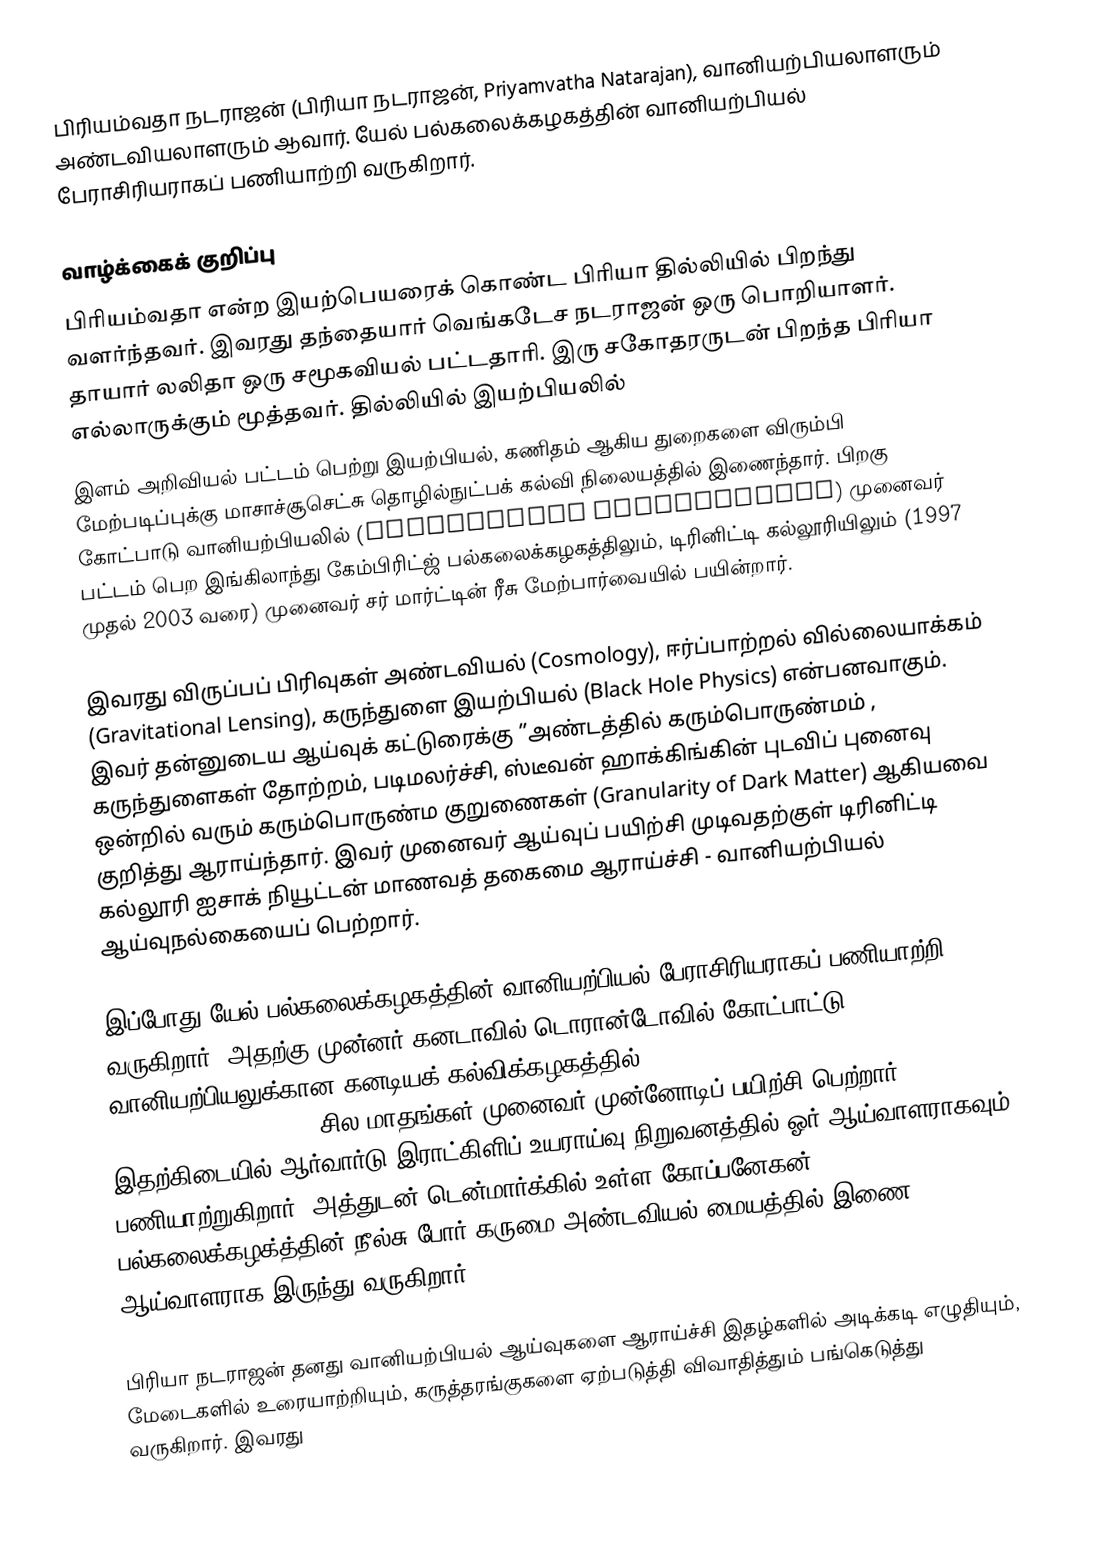
பிரியம்வதா நடராஜன் (பிரியா நடராஜன், Priyamvatha Natarajan), வானியற்பியலாளரும் அண்டவியலாளரும் ஆவார். யேல் பல்கலைக்கழகத்தின் வானியற்பியல் பேராசிரியராகப் பணியாற்றி வருகிறார்.

வாழ்க்கைக் குறிப்பு
பிரியம்வதா என்ற இயற்பெயரைக் கொண்ட பிரியா தில்லியில் பிறந்து வளர்ந்தவர். இவரது தந்தையார் வெங்கடேச நடராஜன் ஒரு பொறியாளர். தாயார் லலிதா ஒரு சமூகவியல் பட்டதாரி. இரு சகோதரருடன் பிறந்த பிரியா எல்லாருக்கும் மூத்தவர். தில்லியில் இயற்பியலில்
இளம் அறிவியல் பட்டம் பெற்று இயற்பியல், கணிதம் ஆகிய துறைகளை விரும்பி மேற்படிப்புக்கு மாசாச்சூசெட்சு தொழில்நுட்பக் கல்வி நிலையத்தில் இணைந்தார். பிறகு கோட்பாடு வானியற்பியலில் (Theoretical Astrophysics) முனைவர் பட்டம் பெற இங்கிலாந்து கேம்பிரிட்ஜ் பல்கலைக்கழகத்திலும், டிரினிட்டி கல்லூரியிலும் (1997 முதல் 2003 வரை) முனைவர் சர் மார்ட்டின் ரீசு மேற்பார்வையில் பயின்றார்.

இவரது விருப்பப் பிரிவுகள் அண்டவியல் (Cosmology), ஈர்ப்பாற்றல் வில்லையாக்கம் (Gravitational Lensing), கருந்துளை இயற்பியல் (Black Hole Physics) என்பனவாகும். இவர் தன்னுடைய ஆய்வுக் கட்டுரைக்கு ”அண்டத்தில் கரும்பொருண்மம் , கருந்துளைகள் தோற்றம், படிமலர்ச்சி, ஸ்டீவன் ஹாக்கிங்கின் புடவிப் புனைவு ஒன்றில் வரும் கரும்பொருண்ம குறுணைகள்  (Granularity of Dark Matter) ஆகியவை குறித்து ஆராய்ந்தார். இவர் முனைவர் ஆய்வுப் பயிற்சி முடிவதற்குள் டிரினிட்டி கல்லூரி ஐசாக் நியூட்டன் மாணவத் தகைமை ஆராய்ச்சி - வானியற்பியல் ஆய்வுநல்கையைப் பெற்றார்.

இப்போது யேல் பல்கலைக்கழகத்தின் வானியற்பியல்  பேராசிரியராகப் பணியாற்றி வருகிறார். அதற்கு முன்னர் கனடாவில் டொரான்டோவில் கோட்பாட்டு வானியற்பியலுக்கான கனடியக் கல்விக்கழகத்தில் (Canadian Institute for Theoretical Astrophysics, Toronto) சில மாதங்கள் முனைவர் முன்னோடிப் பயிற்சி பெற்றார். இதற்கிடையில் ஆர்வார்டு இராட்கிளிப் உயராய்வு நிறுவனத்தில் ஓர் ஆய்வாளராகவும் பணியாற்றுகிறார். அத்துடன் டென்மார்க்கில் உள்ள கோப்பனேகன் பல்கலைக்கழக்த்தின் நீல்சு போர் கருமை அண்டவியல் மையத்தில்  இணை ஆய்வாளராக  இருந்து வருகிறார்.

பிரியா நடராஜன் தனது வானியற்பியல் ஆய்வுகளை ஆராய்ச்சி இதழ்களில் அடிக்கடி எழுதியும், மேடைகளில் உரையாற்றியும், கருத்தரங்குகளை ஏற்படுத்தி விவாதித்தும் பங்கெடுத்து வருகிறார். இவரது